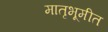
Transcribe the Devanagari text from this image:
मातृभूमीत